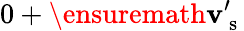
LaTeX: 0+\ensuremath{\mathbf{v}}_{\mathrm{~s~}}^{\prime}